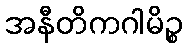
အနီတိကဂါမိဉ္စ